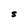
Character: S